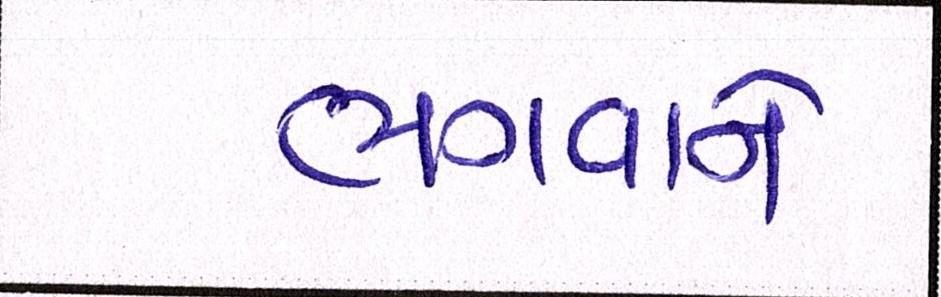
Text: ભગવાને